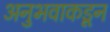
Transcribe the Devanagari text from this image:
अनुभवाकडून